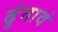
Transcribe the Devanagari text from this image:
ढुंगावं